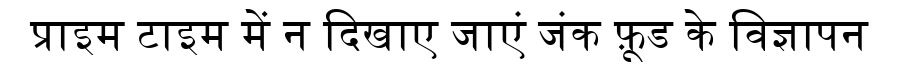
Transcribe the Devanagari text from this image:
प्राइम टाइम में न दिखाए जाएं जंक फ़ूड के विज्ञापन